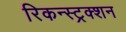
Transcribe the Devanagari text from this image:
रिकन्स्ट्रक्शन